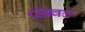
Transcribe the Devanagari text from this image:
स्क्विंट